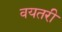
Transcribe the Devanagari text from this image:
वयतरी